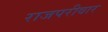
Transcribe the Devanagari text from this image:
राजपरीवार